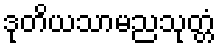
ဒုတိယသာမညသုတ္တံ